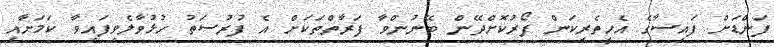
ފަންޑަށް ފައިސާގެ އެހީތެރިކަން ފޯރުކޮށްދޭން ބޭނުންވާ ފަރާތްތަކަށް އެ ފުރުސަތު ހުޅުވާލެވިފައިވާ ކަމަށާއި